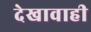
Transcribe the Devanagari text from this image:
देखावाही